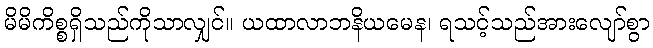
မိမိကိစ္စရှိသည်ကိုသာလျှင်။ ယထာလာဘနိယမေန၊ ရသင့်သည်အားလျော်စွာ